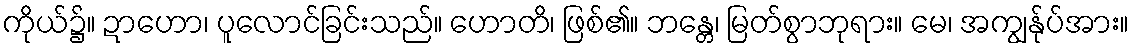
ကိုယ်၌။ ဍာဟော၊ ပူလောင်ခြင်းသည်။ ဟောတိ၊ ဖြစ်၏။ ဘန္တေ၊ မြတ်စွာဘုရား။ မေ၊ အကျွန်ုပ်အား။